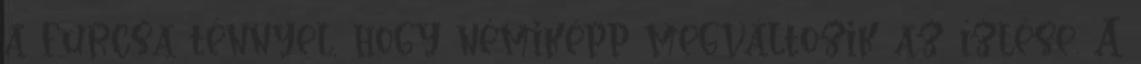
a furcsa ténnyel, hogy némiképp megváltozik az ízlése. A